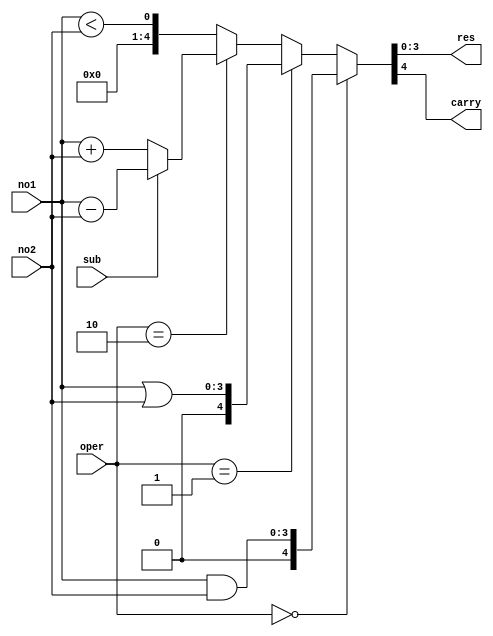
module new4b
(
	input[3:0]no1,
	input[3:0]no2,
	input sub,
	input[1:0]oper,
	output[3:0]res,
	output carry
);

	assign{carry,res}=(oper==0)?(no1&no2):(oper==1)?(no1|no2):(oper==2)?((sub==0)?(no1+no2):(no1-no2)):(no1<no2);
endmodule